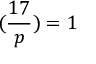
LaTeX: ( { \frac { 1 7 } { p } } ) = 1